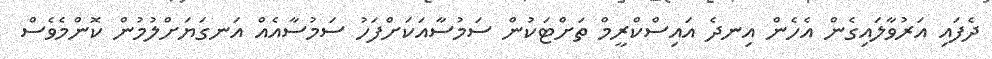
ދެފައި އަރުވާލައިގެން އެހެން އިނދެ އައިސްކްރީމް ތަށްޓަކުން ސަމުސާއަކަށްފަހު ސަމުސާއެއް އަނގަޔަށްލުމުން ކޮންމެވެސް